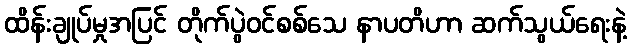
ထိန်းချုပ်မှုအပြင် တိုက်ပွဲဝင်စစ်သေ နာပတိဟာ ဆက်သွယ်ရေးနဲ့